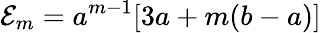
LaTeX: {\cal E}_{m}=a^{m-1}[3a+m(b-a)]